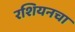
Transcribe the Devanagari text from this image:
रशियनचा